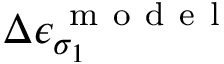
\Delta \epsilon _ { \sigma _ { 1 } } ^ { \mathrm { ~ m ~ o ~ d ~ e ~ l ~ } }